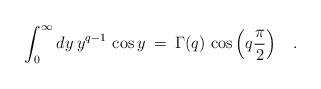
LaTeX: \begin{align*}\int_0^{\infty} dy \> y^{q-1} \, \cos y \> = \>\Gamma(q) \, \cos \left (q \frac{\pi}{2} \right ) \;\;\;.\end{align*}